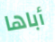
أباها